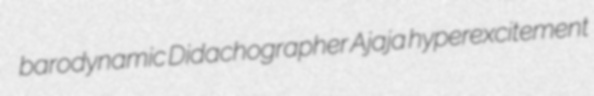
barodynamic Didachographer Ajaja hyperexcitement